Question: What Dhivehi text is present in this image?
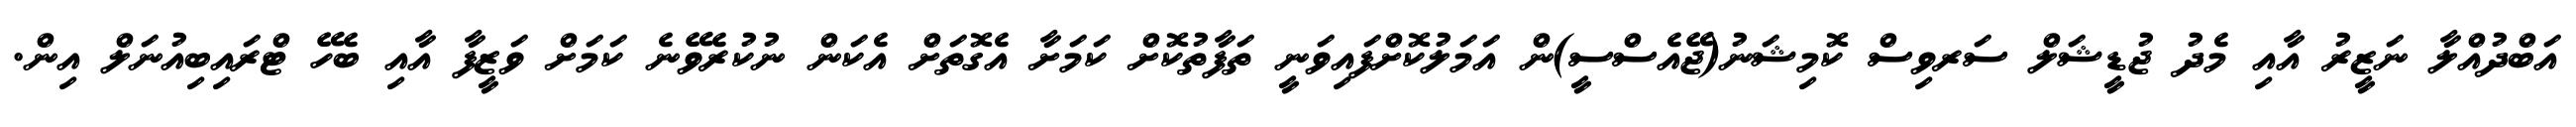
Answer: އަބްދުއްލާ ނަޒީރު އާއި މެދު ޖުޑީޝަލް ސަރވިސް ކޮމިޝަނު(ޖޭއެސްސީ)ން އަމަލުކޮށްފައިވަނީ ތަފާތުކޮށް ކަމަށާ އެގޮތަށް އެކަން ނުކުރެވޭނެ ކަމަށް ވަޒީފާ އާއި ބެހޭ ޓްރައިބިއުނަލް އިން.